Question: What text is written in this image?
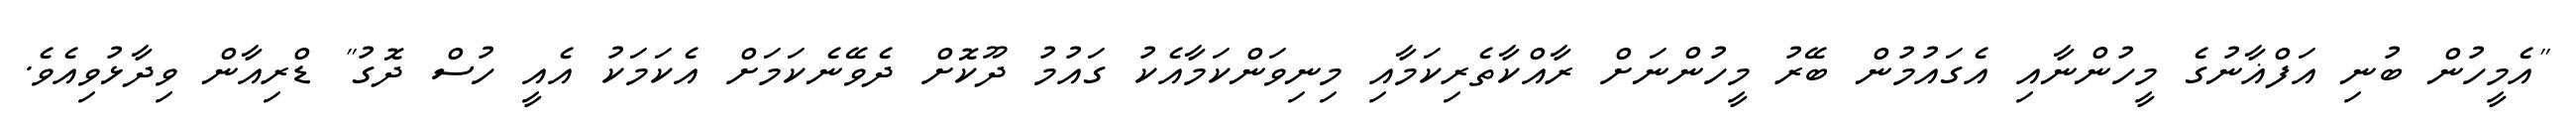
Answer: "އެމީހުން ބުނި އަފްޣާނުގެ މީހުންނާއި އެގައުމުން ބޭރު މީހުންނަށް ރާއްކާތެރިކަމާއި މިނިވަންކަމާއެކު ގައުމު ދޫކޮށް ދެވޭނެކަމަށް އެކަމަކު އެއީ ހުސް ދޮގު" ޑްރިއާން ވިދާޅުވިއެވެ.